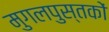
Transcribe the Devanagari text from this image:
मुगलपुस्तकों